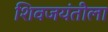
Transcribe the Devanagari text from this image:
शिवजयंतीला